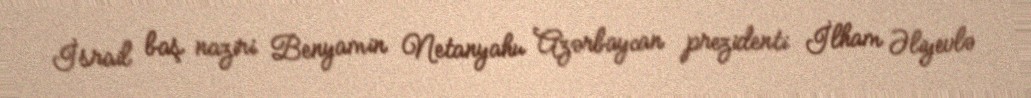
İsrail baş naziri Benyamin Netanyahu Azərbaycan prezidenti İlham Əliyevlə